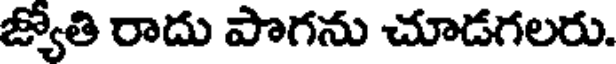
జ్యోతి రాదు పొగను చూడగలరు.